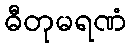
ဓီတုမရဏံ